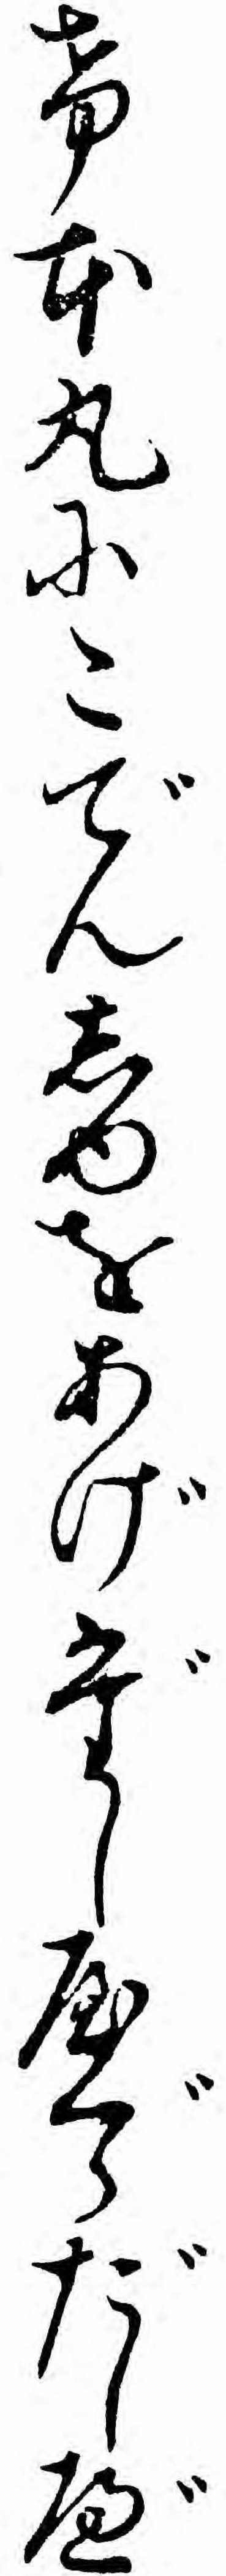
け本丸にこでんしゆをあげだしやぐらだしべ